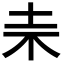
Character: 𣏄